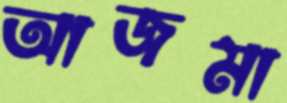
আজমা